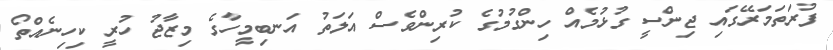
ފުރަތަމަރޭގައި ޖިންސީ ގުޅުމެއް ހިންގުމުގެ ކުރިންވެސް އަލަތު އަނބިމީހާގެ މިޒާޖު ހުރީ ކިހިނެއްތޯ